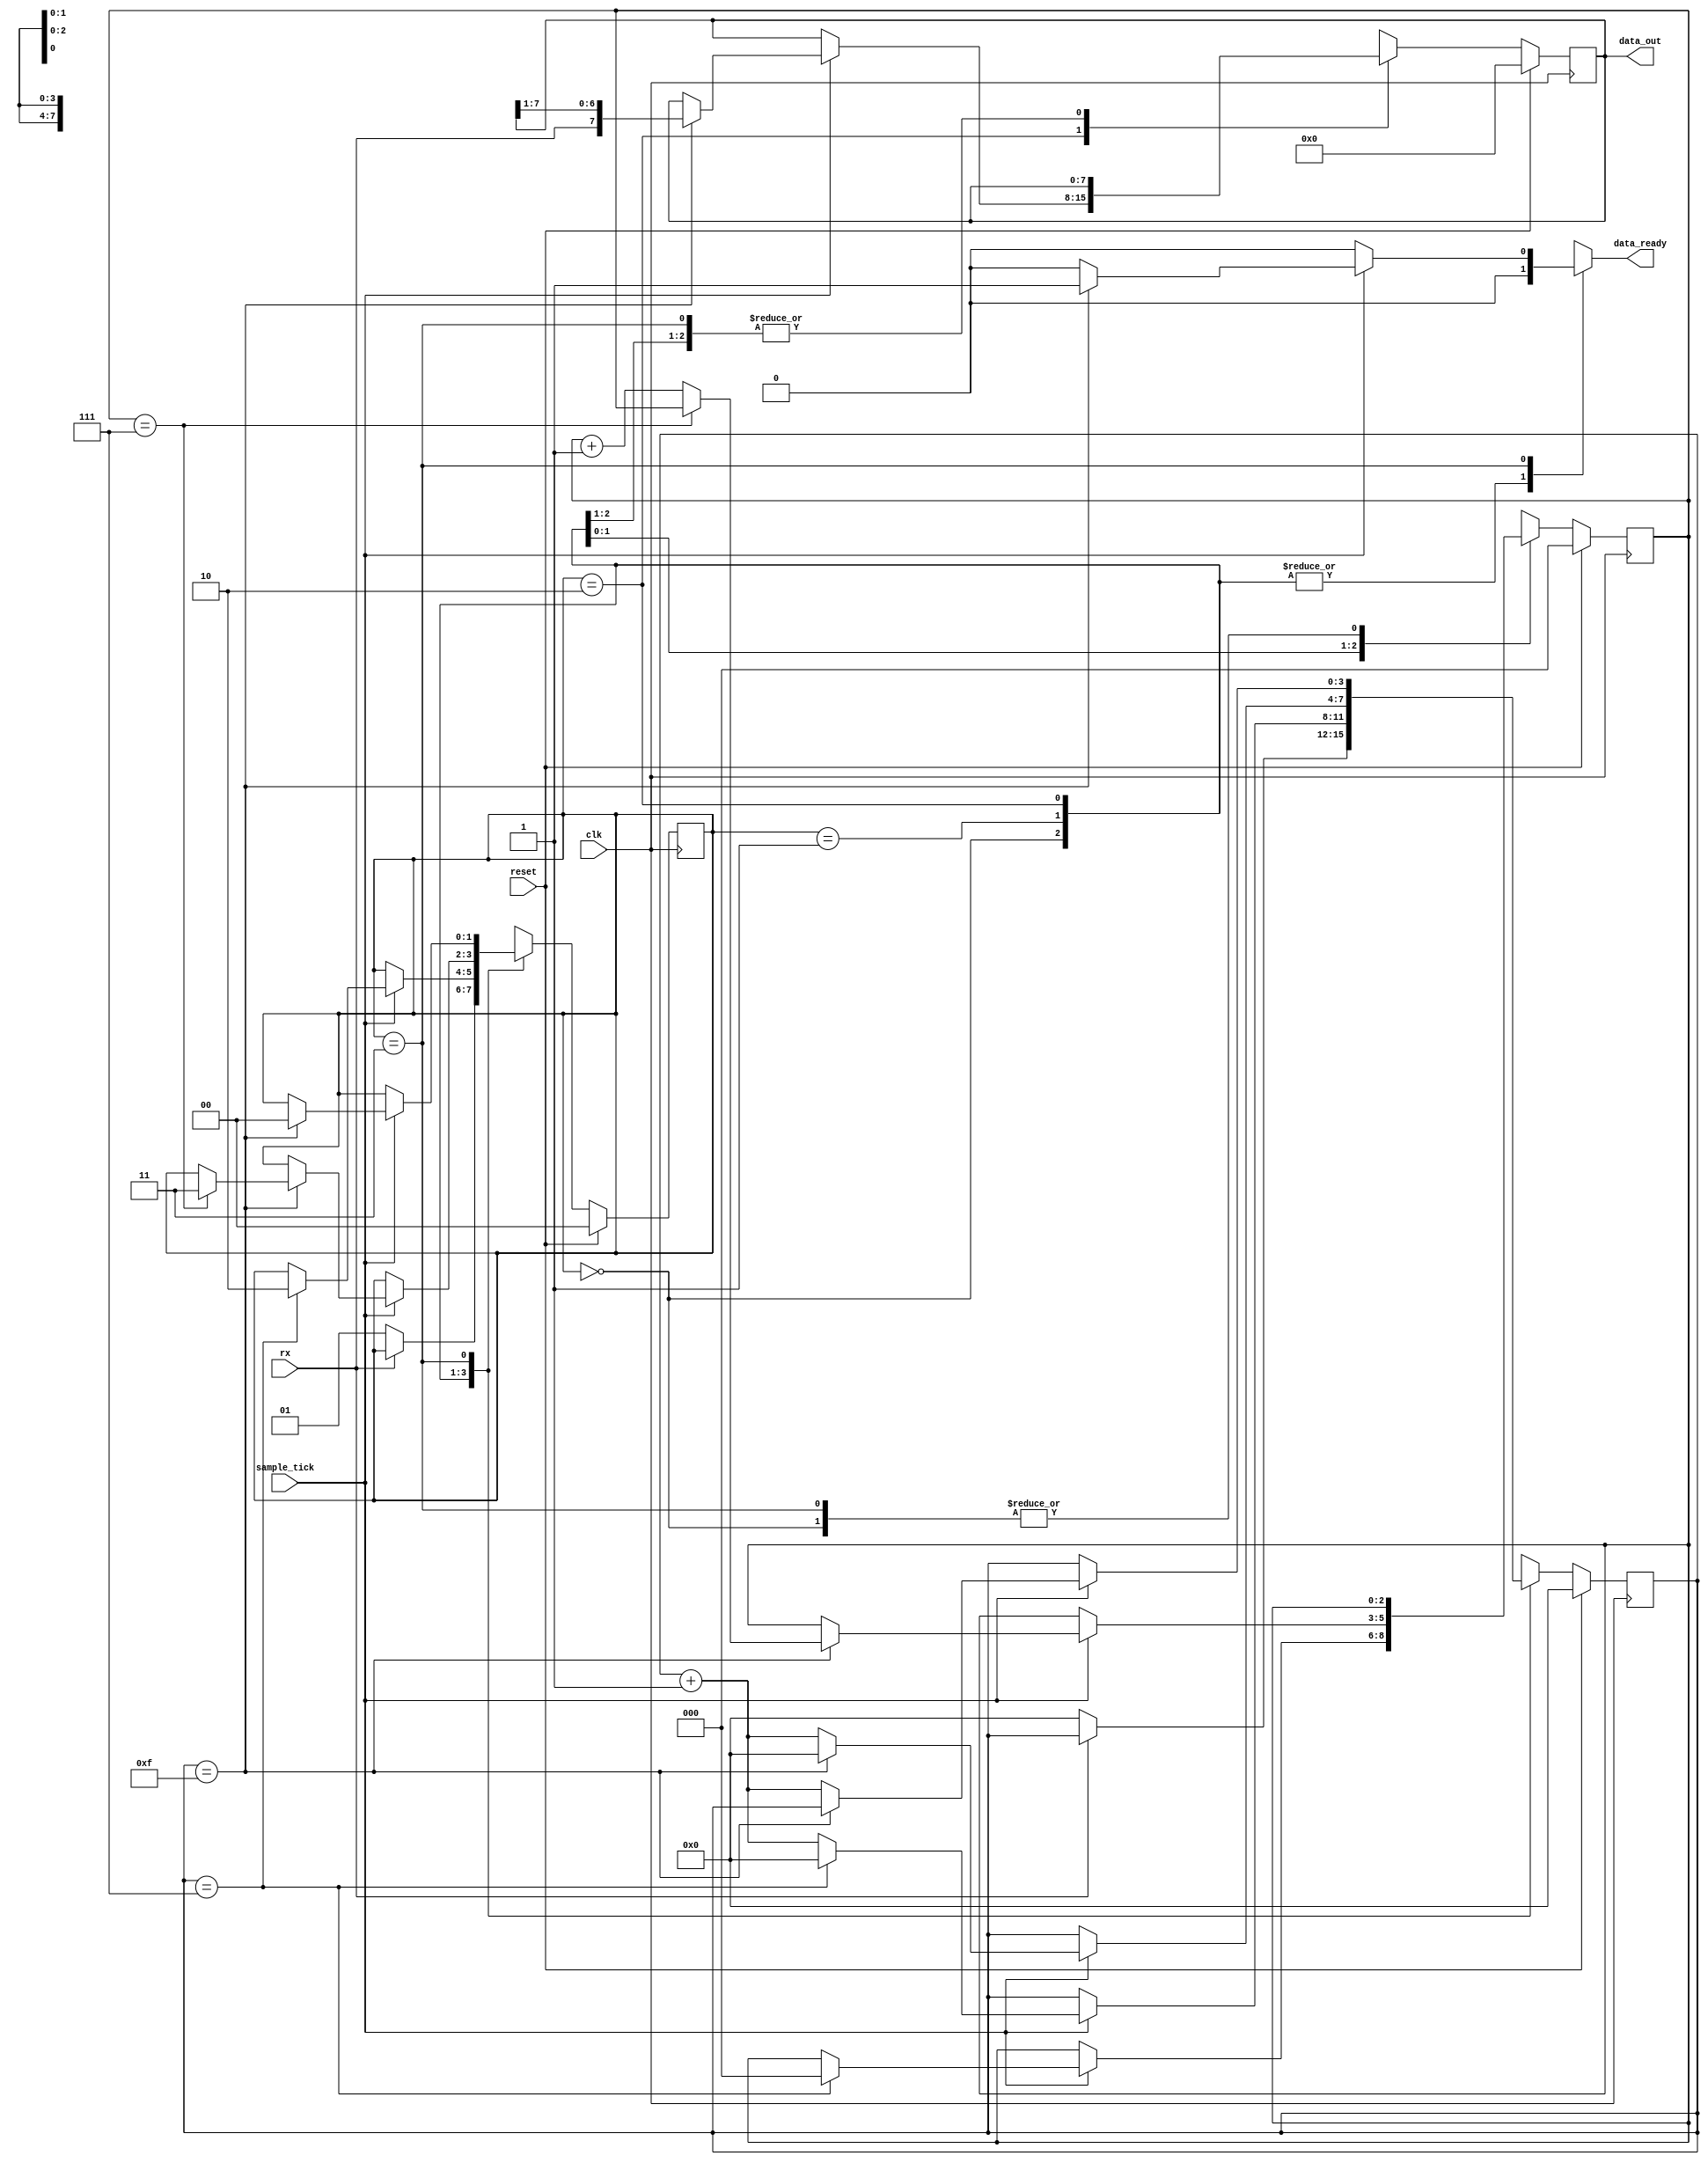

//////////////////////////////////////////////////////////////////////////////////
// Reference Book: FPGA Prototyping By Verilog Examples Xilinx Spartan-3 Version
// Authored by: Dr. Pong P. Chu
// Published by: Wiley
//
// Adapted for the Basys 3 Artix-7 FPGA by David J. Marion
//
//
// Modify for the Tiny Tapeout ASIC by Pongsagon Vichitvejpaisal, 11 May 2024
//
// UART Receiver for the UART System
//
// Comments:
// - Many of the variable names have been changed for clarity
//////////////////////////////////////////////////////////////////////////////////


//`timescale 1ns / 1ps


module uart_receiver
    #(
        parameter   DBITS = 8,          // number of data bits in a data word
                    SB_TICK = 16        // number of stop bit / oversampling ticks (1 stop bit)
    )
    (
        input clk,               		// clk
        input reset,                    // reset
        input rx,                       // receiver data line
        input sample_tick,              // sample tick from baud rate generator
        output reg data_ready,          // signal when new data word is complete (received)
        output [DBITS-1:0] data_out     // data to FIFO
    );
    
    // State Machine States
    localparam [1:0] idle  = 2'b00,
                     start = 2'b01,
                     data  = 2'b10,
                     stop  = 2'b11;
    
    // Registers                 
    reg [1:0] state, next_state;        // state registers
    reg [3:0] tick_reg, tick_next;      // number of ticks received from baud rate generator
    reg [2:0] nbits_reg, nbits_next;    // number of bits received in data state
    reg [7:0] data_reg, data_next;      // reassembled data word
    
    // Register Logic
    always @(posedge clk)
        if(reset) begin
            state <= idle;
            tick_reg <= 0;
            nbits_reg <= 0;
            data_reg <= 0;
        end
        else begin
            state <= next_state;
            tick_reg <= tick_next;
            nbits_reg <= nbits_next;
            data_reg <= data_next;
        end        

    // State Machine Logic
    always @* begin
        next_state = state;
        data_ready = 1'b0;
        tick_next = tick_reg;
        nbits_next = nbits_reg;
        data_next = data_reg;
        
        case(state)
            idle:
                if(~rx) begin               // when data line goes LOW (start condition)
                    next_state = start;
                    tick_next = 0;
                end
            start:
                if(sample_tick)
                    if(tick_reg == 7) begin
                        next_state = data;
                        tick_next = 0;
                        nbits_next = 0;
                    end
                    else
                        tick_next = tick_reg + 1;
            data:
                if(sample_tick)
                    if(tick_reg == 15) begin
                        tick_next = 0;
                        data_next = {rx, data_reg[7:1]};
                        //if(nbits_reg == (DBITS-1))      
                        if(nbits_reg == 7)   
                            next_state = stop;
                        else
                            nbits_next = nbits_reg + 1;
                    end
                    else
                        tick_next = tick_reg + 1;
            stop:
                if(sample_tick)
                    //if(tick_reg == (SB_TICK-1)) begin
                    if(tick_reg == 15) begin
                        next_state = idle;
                        data_ready = 1'b1;
                    end
                    else
                        tick_next = tick_reg + 1;
        endcase                    
    end
    
    // Output Logic
    assign data_out = data_reg;

endmodule